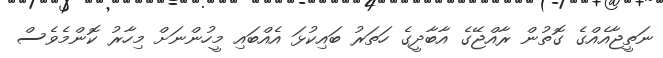
ނަތީޖާއެއްގެ ގޮތުން ރާއްޖޭގެ އާބާދީގެ ހަތަރު ބައިކުޅަ އެއްބައި މީހުންނަށް މިހާރު ކޮންމެވެސް